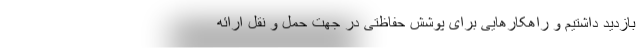
بازدید داشتیم و راهکارهایی برای پوشش حفاظتی در جهت حمل و نقل ارائه